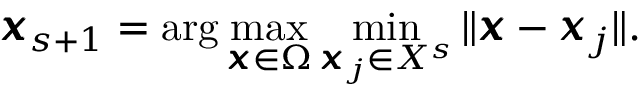
\pmb { x } _ { s + 1 } = \arg \operatorname* { m a x } _ { \pmb { x } \in \Omega } \operatorname* { m i n } _ { \pmb { x } _ { j } \in X ^ { s } } \| \pmb { x } - \pmb { x } _ { j } \| .